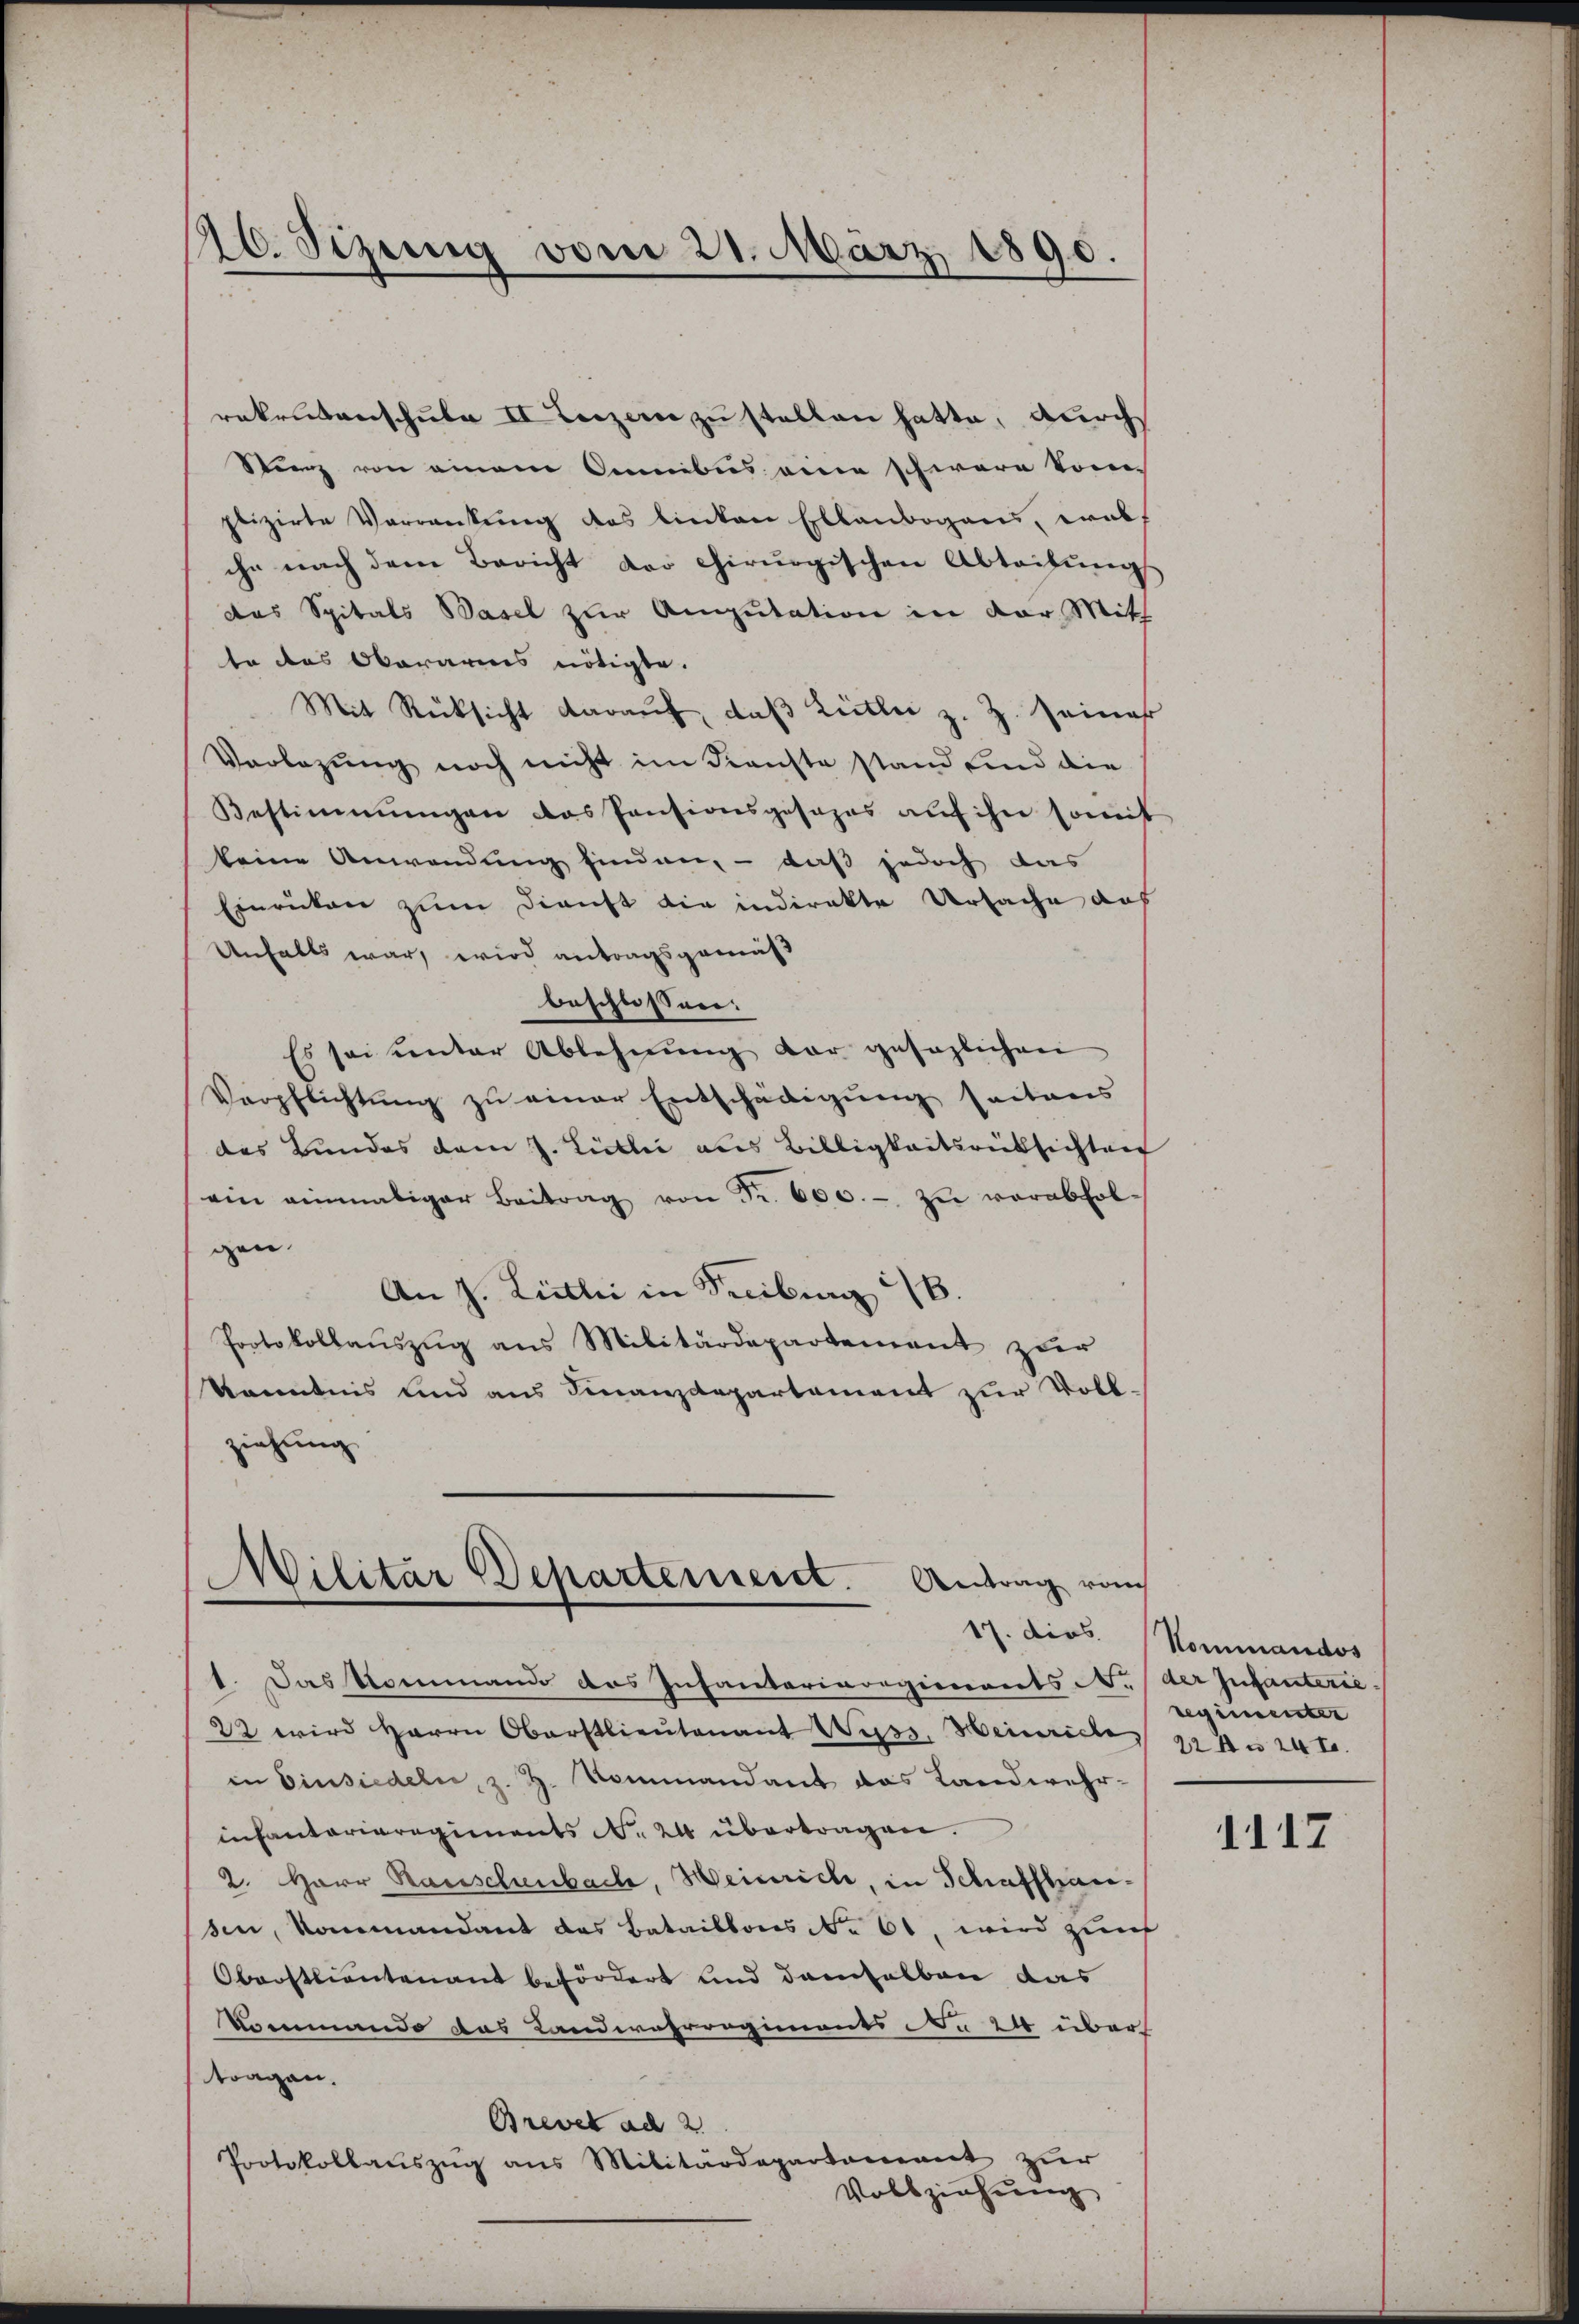
26. Sizung vom 21. März 1890.

rekrutenschule II Terzen zu stellen hatte, durch
Stenz von einem Omnibus eine schwere kom-
plizirte Verrenkung des linken Ellenbogens, erabche nach dem Bericht der chirurgischen Abteilung
das Spitals Basel zur Amputation in der Mitt
te das Oberaries nötigte.
Mit Rücksicht daraŭf, daβ Littei z. Z. seinah
Vorlegung noch nicht im Kienste stand sind die
Bestimmungen das Pensionsgesages aŭf ihn somit
keine Anwendung finden, – daß jedoch das
Einrücken zum Dienst die indirekte Ursache auf
Unfalls war, wird antragsgemäß
beschlossen.
Es sei unter Ablehnŭng der gesaglichen
Verpflichtung zu einer Entschädigung seitens
das Bundes dem J. Lübler aus Billigkeitsrüksichten
ein einmaliger Beitrag von Fr. 600.- zŭ verabfolgen.
An J. Littei in Freiburg 16.
Protokollaŭszŭg ans Militärdepartement zur
Kenntnis und aus Finanzdepartement zur Voll-
ziehung

Militar Departement. Antrag vom
1. Das Pommando das Infandorivorgierents N. (der Infanterie.

22 wird Herrn Oberstlieutenant Wyss. Heinriche,
in Einsiedeln, z. H. Rommandant das Landwehr-
in Cantorieregiments No. 24 übertragen.
2. Herr Rauschenbach, Heinrich, in Schaffhausen, Kommandant das Bataillons No 61, wird zunf
Oberstlieutenant befördert und demselben das
Rommando das Landwehrregiments No 24 über
tragen.
Brevet ad 2.
Protokollauszug aus Militärdepartament zur
Vollziehung

17. dies. Kommandos
regimenter
22 n 24 t.

1117